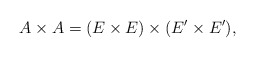
\begin{align*}A \times A = (E \times E) \times (E'\times E'),\end{align*}